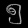
Digit: ၅